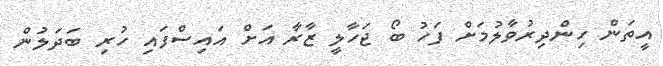
އީތަން ހިންދިރުވާލުމަށް ފަހު ބޯ ޖަހާލީ ޒާރާ އަށް އައިސްފައި ހުރި ބަދަލުން